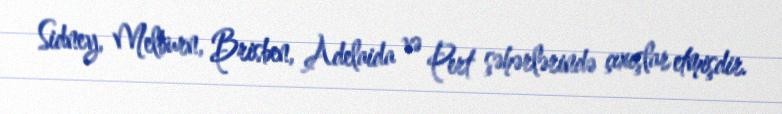
Sidney, Melburn, Brisben, Adelaida və Pert şəhərlərində çıxışlar etmişdir.